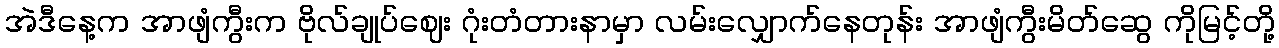
အဲဒီနေ့က အာဖျံကွီးက ဗိုလ်ချုပ်ဈေး ဂုံးတံတားနာမှာ လမ်းလျှောက်နေတုန်း အာဖျံကွီးမိတ်ဆွေ ကိုမြင့်တို့